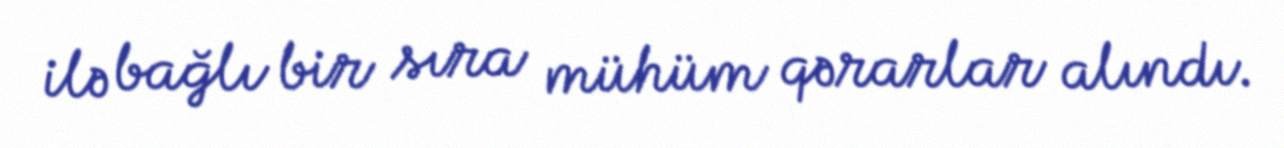
ilə bağlı bir sıra mühüm qərarlar alındı.